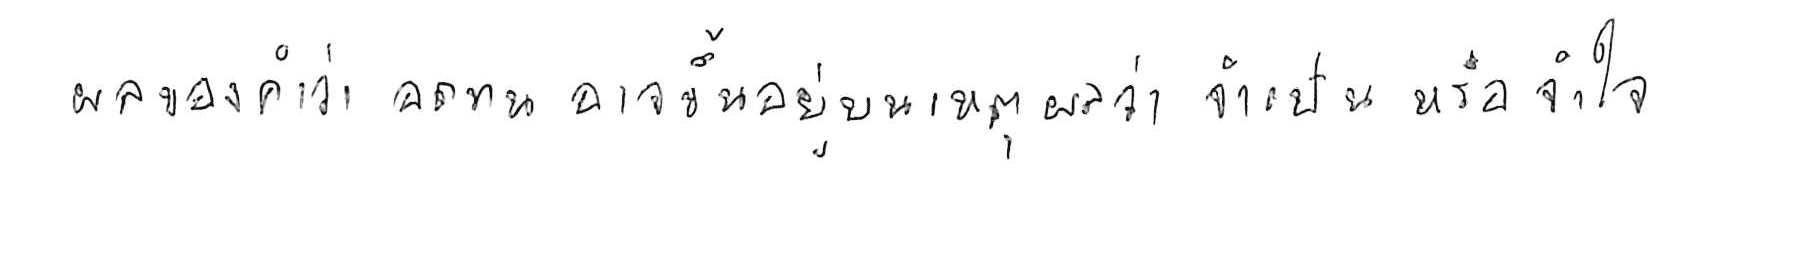
ผลของคำว่า อดทน อาจขึ้นอยู่บนเหตุผลว่า จำเป็น หรือ จำใจ